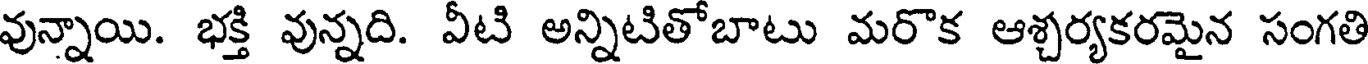
వున్నాయి. భక్తి వున్నది. వీటి అన్నిటితోబాటు మరొక ఆశ్చర్యకరమైన సంగతి